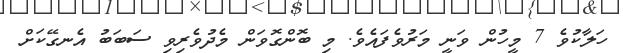
ހަލާކުވެ 7 މީހުން ވަނީ މަރުވެފައެވެ. މި ބޮންގޮވަން މެދުވެރިވި ސަބަބު އެނގޭކަށް